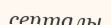
септалы